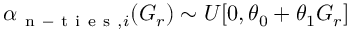
\begin{array} { r } { \alpha _ { \mathrm { ~ n ~ - ~ t ~ i ~ e ~ s ~ } , i } ( G _ { r } ) \sim U [ 0 , \theta _ { 0 } + \theta _ { 1 } G _ { r } ] } \end{array}